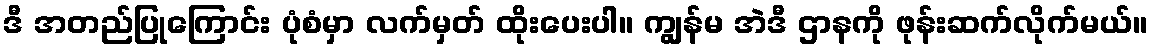
ဒီ အတည်ပြုကြောင်း ပုံစံမှာ လက်မှတ် ထိုးပေးပါ။ ကျွန်မ အဲဒီ ဌာနကို ဖုန်းဆက်လိုက်မယ်။